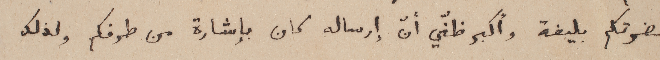
حضرتكم بليغة وأكبر ظنّي أنّ إرساله كان بإشارة من طرفكم ولذلك